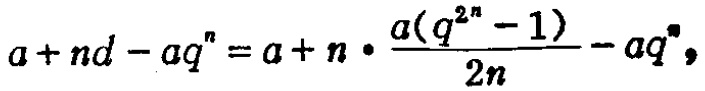
\(a+nd - aq^{n}=a + n\cdot\frac{a(q^{2n}-1)}{2n}-aq^{n}\)